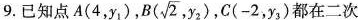
9.已知点A（4，y_{1}）,B(\sqrt{2},y_{2}),C (-2,y_{3})都在二次